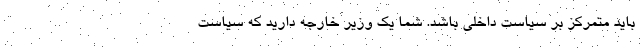
بايد متمركز بر سياست داخلي باشد. شما يك وزير خارجه داريد كه سياست